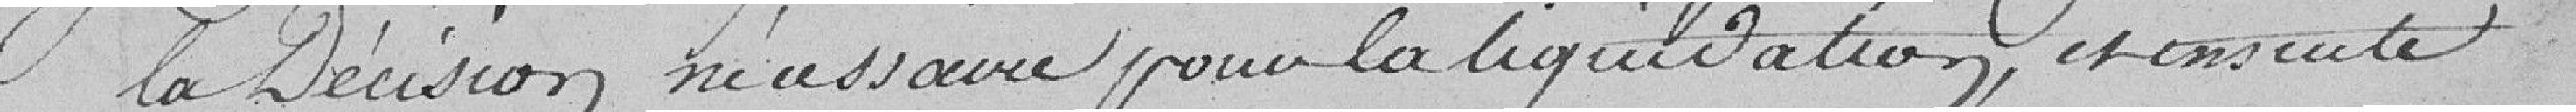
la décision nécessaire pour la liquidation, et ensuite